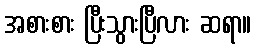
အစားစား ပြီးသွားပြီလား ဆရာ။